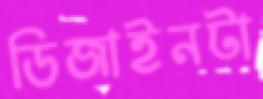
ডিজাইনটা